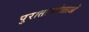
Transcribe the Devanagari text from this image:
पुरातत्ववेत्‍ताओं